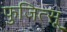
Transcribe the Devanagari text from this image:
फुजित्सू